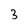
Character: 3